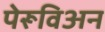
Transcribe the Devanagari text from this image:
पेरूविअन